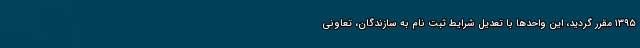
۱۳۹۵ مقرر گردید، این واحدها با تعدیل شرایط ثبت نام به سازندگان، تعاونی